Indian journal of veterinary science and animal husbandry - Volume 11,
Year: 1941
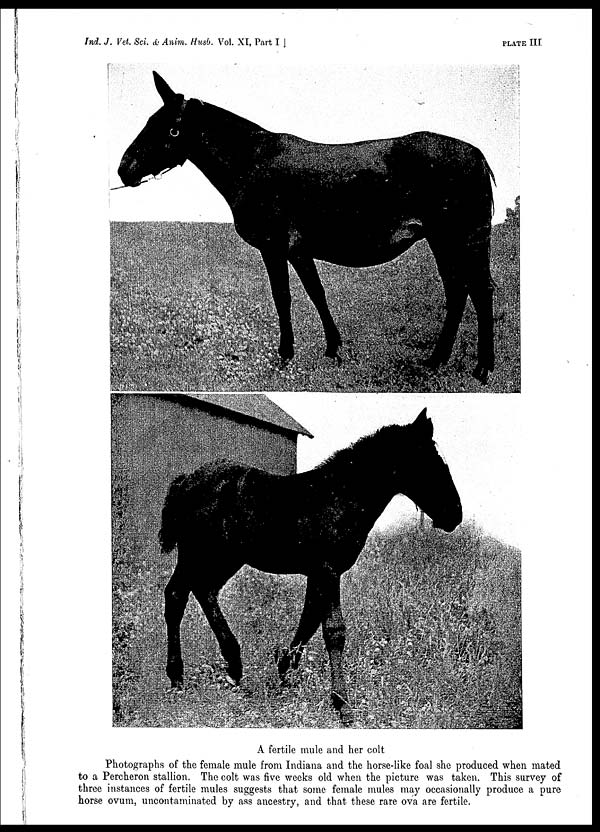
Ind. J. Vet. Sci. & Anim. Husb. Vol. XI, Part I
]
PLATE
III
A fertile mule and her colt
Photographs of the female mule from Indiana and the horse-like foal she produced when mated
to a Percheron stallion. The colt was five weeks old when the picture was taken. This survey of
three instances of fertile mules suggests that some female mules may occasionally produce a pure
horse ovum, uncontaminated by ass ancestry, and that these rare ova are fertile.